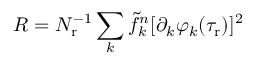
R = N _ { \mathrm { r } } ^ { - 1 } \sum _ { k } \tilde { f } _ { k } ^ { n } [ \partial _ { k } \varphi _ { k } ( \tau _ { \mathrm { r } } ) ] ^ { 2 }